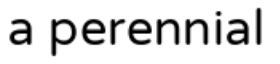
a perennial